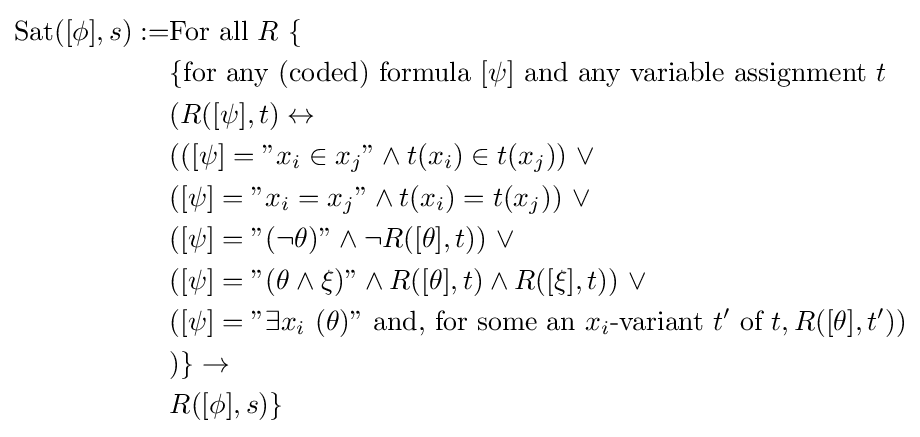
{\begin{aligned}{\mbox{Sat}}([\phi ],s):=&{\mbox{For all }}R\ \{\\&\{{\mbox{for any (coded) formula }}[\psi ]{\mbox{ and any variable assignment }}t\\&(R([\psi ],t)\leftrightarrow \\&(([\psi ]={\mbox{''}}x_{i}\in x_{j}{\mbox{''}}\land t(x_{i})\in t(x_{j}))\ \lor \\&([\psi ]={\mbox{''}}x_{i}=x_{j}{\mbox{''}}\land t(x_{i})=t(x_{j}))\ \lor \\&([\psi ]={\mbox{''}}(\neg \theta ){\mbox{''}}\land \neg R([\theta ],t))\ \lor \\&([\psi ]={\mbox{''}}(\theta \land \xi ){\mbox{''}}\land R([\theta ],t)\land R([\xi ],t))\ \lor \\&([\psi ]={\mbox{''}}\exists x_{i}\ (\theta ){\mbox{'' and, for some an }}x_{i}{\mbox{-variant }}t'{\mbox{ of }}t,R([\theta ],t'))\\&)\}\rightarrow \\&R([\phi ],s)\}\end{aligned}}